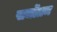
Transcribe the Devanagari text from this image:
सर्चोतम